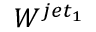
W ^ { j e t _ { 1 } }